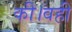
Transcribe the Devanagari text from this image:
की।वहीं